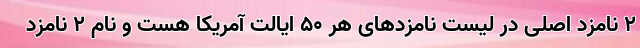
2 نامزد اصلی در لیست نامزدهای هر 50 ایالت آمریکا هست و نام 2 نامزد